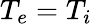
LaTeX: T_{e}=T_{i}